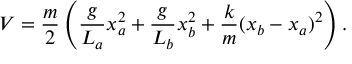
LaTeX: V = { \frac { m } { 2 } } \left( { \frac { g } { L _ { a } } } x _ { a } ^ { 2 } + { \frac { g } { L _ { b } } } x _ { b } ^ { 2 } + { \frac { k } { m } } ( x _ { b } - x _ { a } ) ^ { 2 } \right) .